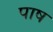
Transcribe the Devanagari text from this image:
पाष